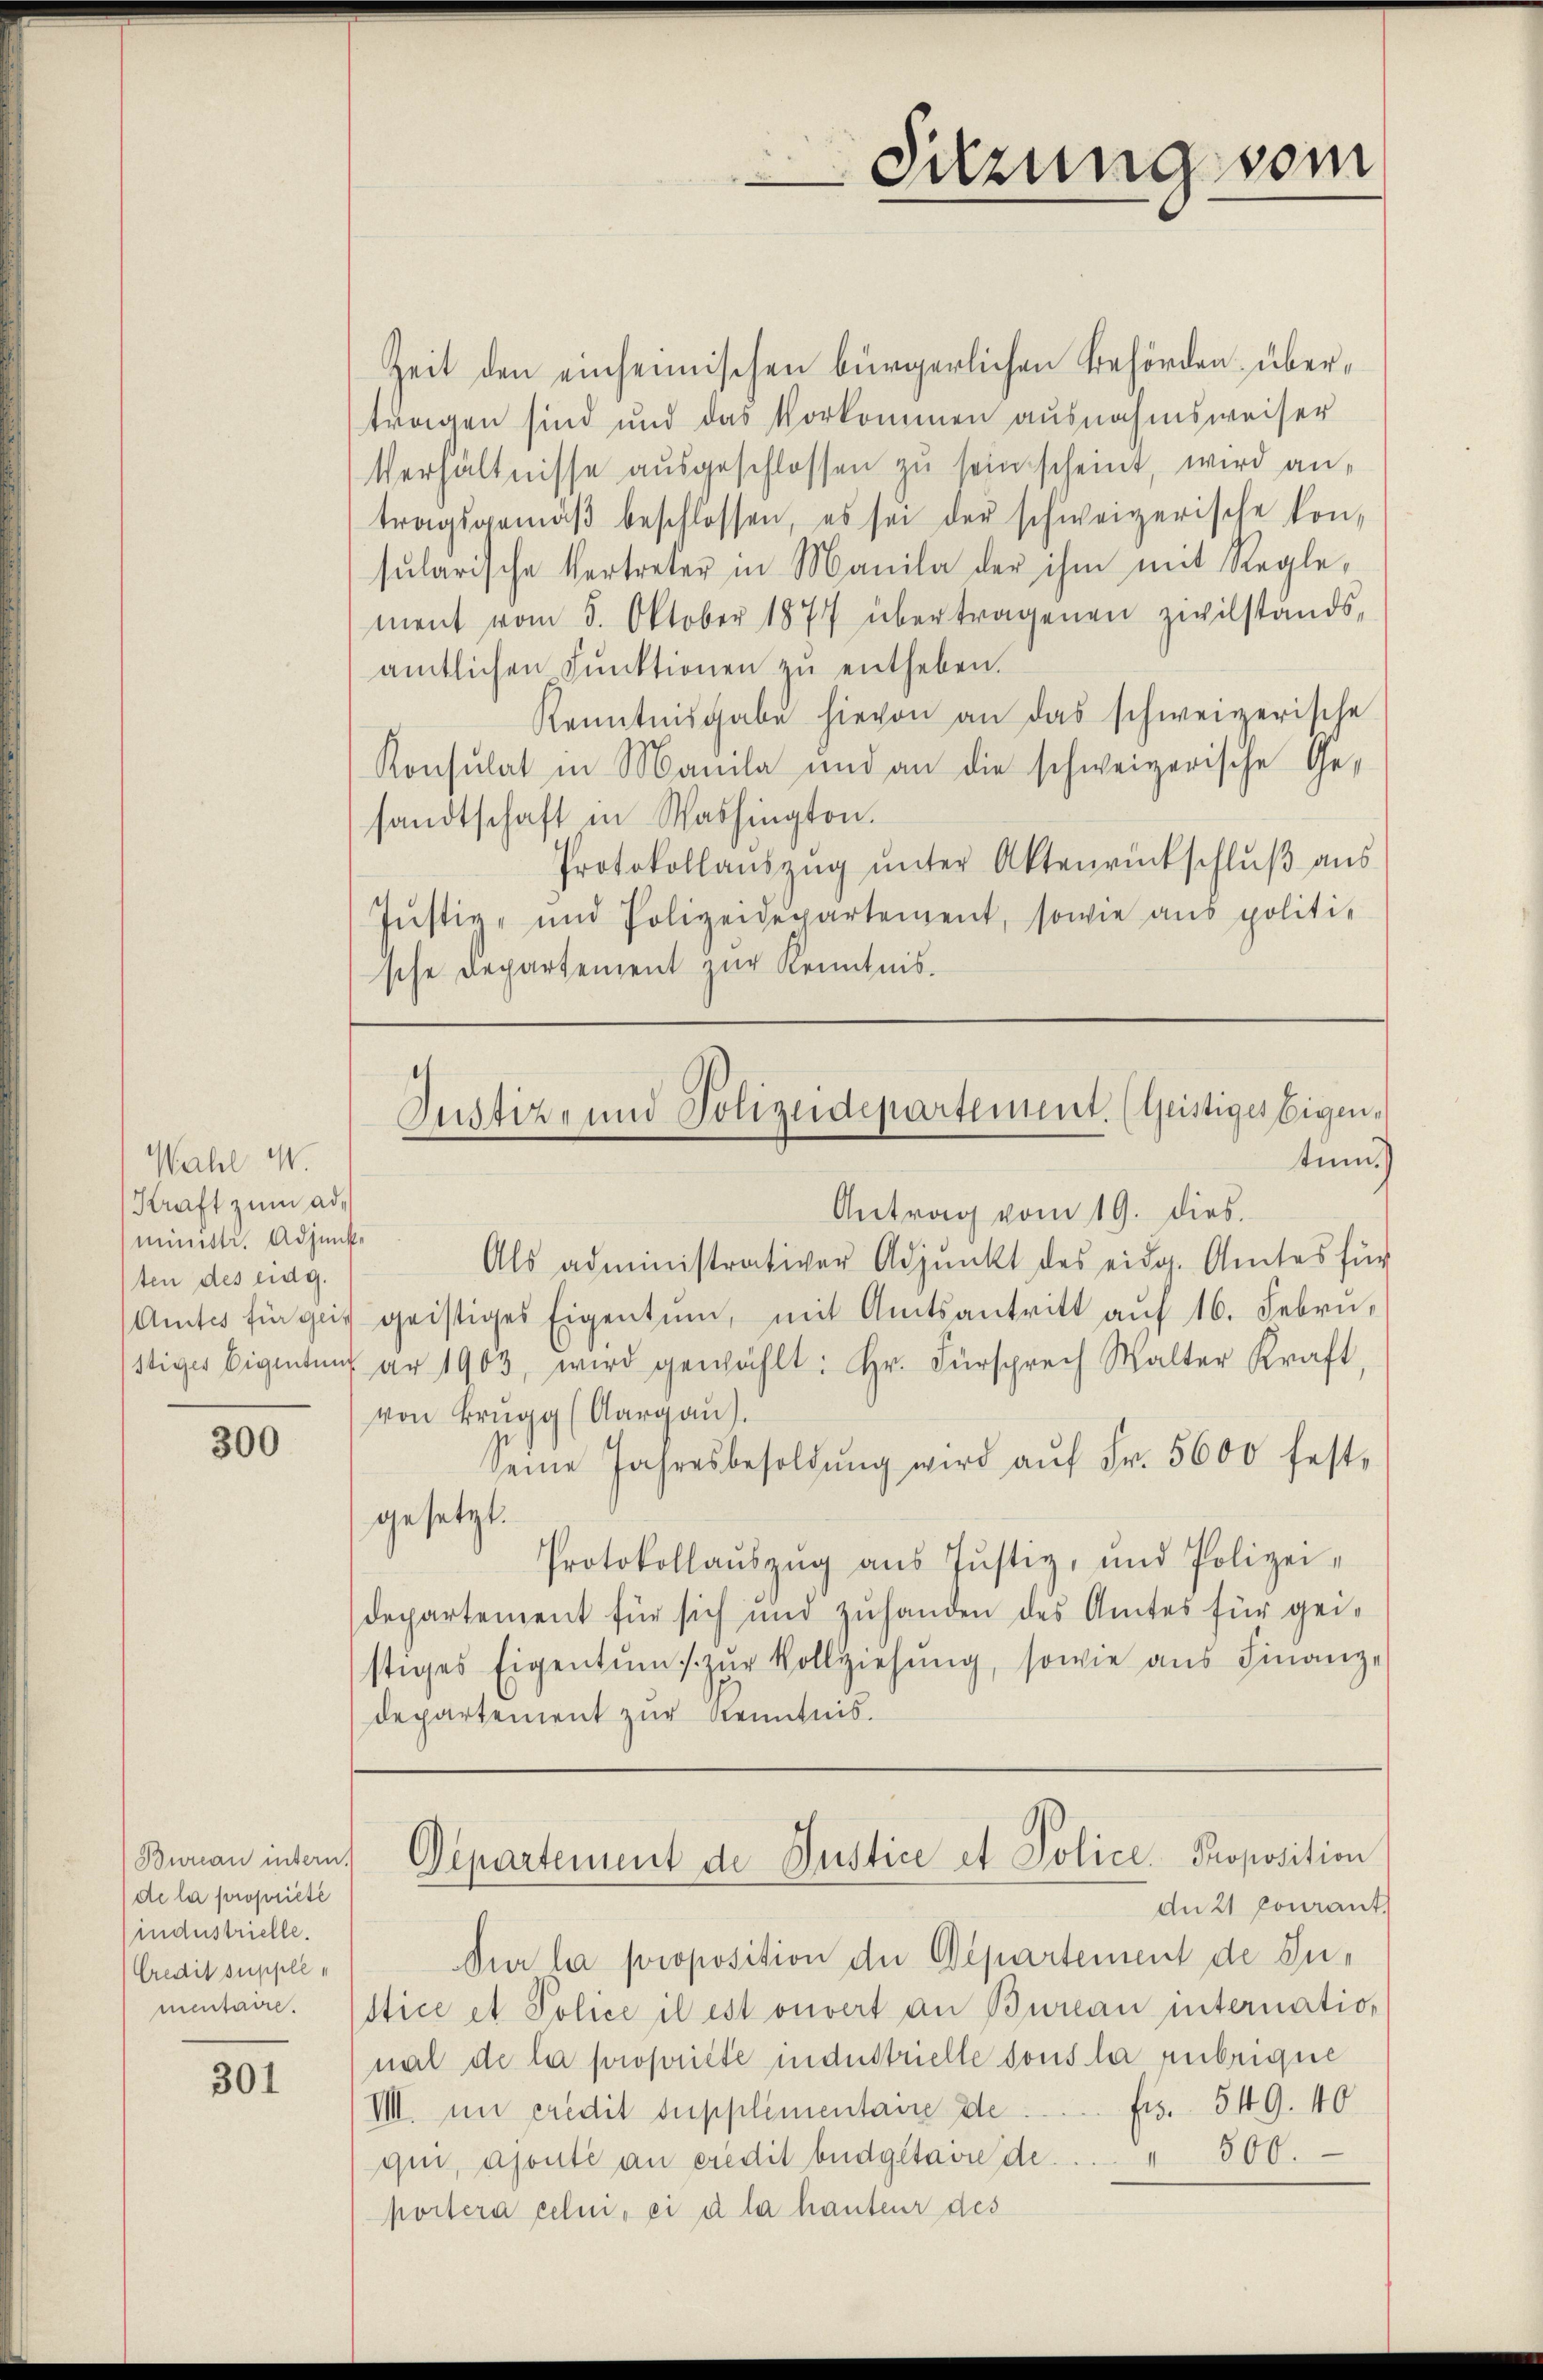
Wahl M
Kraft zum Administr. Adjunkten des eidg.

300

Bureau intern.
de la proprieté
industrielle.
Credit supple
mentaire.

301

Zeit den einheimischen bürgerlichen Behörden übertragen sind und das Vorkommen ausnahmsweiser
Verhältnisse ausgeschlossen zu sein scheint, wird antragsgemäβ beschlossen, es sei der schweizerische kon-
sŭlarische Vertreter in Manila der ihm mit Reglement vom 5. Oktober 1877 übertragenen Zivilstands-
amtlichen Pŭnktionen zŭ entheben.
Kenntnisgabe hievon an das schweizerische
Konsulat in Manila und an die schweizerische Gesandtschaft in Washington.
Protokollaŭszŭg ŭnter Aktenrückschlŭβ aŭs
Jŭstiz- und Polizeidepartement, sowie ans politie
sche Departement zur Kenntnis.

Antrag vom 19. dies.
Als administrativer Adjunkt des eidg. Amtes für
Amtes für geis geistiges Eigentum, mit Amtsantritt auf 16. Febru
stiges Eigentenfar 1903, wird gewählt: Hr. Fürsprech Walter Kraft,
von Brugg (Aargau.
Seine Jahresbesoldŭng wird aŭf Fr. 5600 fest-
gesetzt.
Protokollaŭszŭg aŭs Jŭstiz, und Polizei-
departement für sich und zuhanden des Amtes für geistiges Eigentums zŭr Vollziehŭng, sowie aŭs Finanz-
departement zur Kenntnis.

du 21 pourant.
Nur la proposition der Departement de Justice et Police il est ouvert an Bureau internation
mal de la propriete industrielle sous la rubrique
frs. 549. 40
VII. im predit supplementaire de
qui, ajoute an eredit büdgetaire de . . . 500.
portera celui, ei a la hauteur des

Sitzung vom

Justiz- und Polizeidepartement. (Geistiges Eigentums

Departement de Justice et Police Proposition